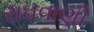
રાઘવાણી